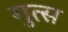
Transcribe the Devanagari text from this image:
गुत्स